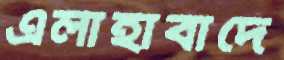
এলাহাবাদে